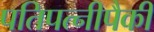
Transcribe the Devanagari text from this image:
पतिपत्‍नीपैकी